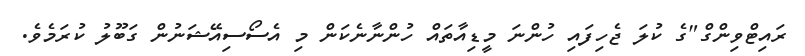
ރައިޓްވިންގް"ގެ ކުލަ ޖެހިފައި ހުންނަ މީޑިއާތައް ހުންނާނެކަން މި އެސޯސިއޭޝަނުން ގަބޫލު ކުރަމެވެ.